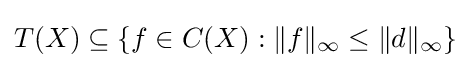
T(X)\subseteq \{f\in C(X):\|f\|_{\infty }\leq \|d\|_{\infty }\}